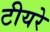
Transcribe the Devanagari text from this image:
टीयरे